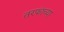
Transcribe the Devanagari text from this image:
तरफांच्या